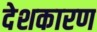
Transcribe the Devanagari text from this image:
देशकारण